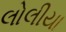
લોલીયા